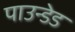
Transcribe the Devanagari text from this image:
पाउन्डेड